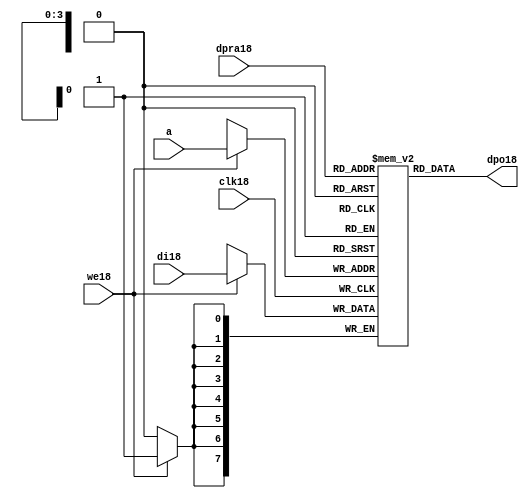
//////////////////////////////////////////////////////////////////////
////                                                              ////
////  raminfr18.v                                                   ////
////                                                              ////
////                                                              ////
////  This18 file is part of the "UART18 16550 compatible18" project18    ////
////  http18://www18.opencores18.org18/cores18/uart1655018/                   ////
////                                                              ////
////  Documentation18 related18 to this project18:                      ////
////  - http18://www18.opencores18.org18/cores18/uart1655018/                 ////
////                                                              ////
////  Projects18 compatibility18:                                     ////
////  - WISHBONE18                                                  ////
////  RS23218 Protocol18                                              ////
////  16550D uart18 (mostly18 supported)                              ////
////                                                              ////
////  Overview18 (main18 Features18):                                   ////
////  Inferrable18 Distributed18 RAM18 for FIFOs18                        ////
////                                                              ////
////  Known18 problems18 (limits18):                                    ////
////  None18                .                                       ////
////                                                              ////
////  To18 Do18:                                                      ////
////  Nothing so far18.                                             ////
////                                                              ////
////  Author18(s):                                                  ////
////      - gorban18@opencores18.org18                                  ////
////      - Jacob18 Gorban18                                          ////
////                                                              ////
////  Created18:        2002/07/22                                  ////
////  Last18 Updated18:   2002/07/22                                  ////
////                  (See log18 for the revision18 history18)          ////
////                                                              ////
////                                                              ////
//////////////////////////////////////////////////////////////////////
////                                                              ////
//// Copyright18 (C) 2000, 2001 Authors18                             ////
////                                                              ////
//// This18 source18 file may be used and distributed18 without         ////
//// restriction18 provided that this copyright18 statement18 is not    ////
//// removed from the file and that any derivative18 work18 contains18  ////
//// the original copyright18 notice18 and the associated disclaimer18. ////
////                                                              ////
//// This18 source18 file is free software18; you can redistribute18 it   ////
//// and/or modify it under the terms18 of the GNU18 Lesser18 General18   ////
//// Public18 License18 as published18 by the Free18 Software18 Foundation18; ////
//// either18 version18 2.1 of the License18, or (at your18 option) any   ////
//// later18 version18.                                               ////
////                                                              ////
//// This18 source18 is distributed18 in the hope18 that it will be       ////
//// useful18, but WITHOUT18 ANY18 WARRANTY18; without even18 the implied18   ////
//// warranty18 of MERCHANTABILITY18 or FITNESS18 FOR18 A PARTICULAR18      ////
//// PURPOSE18.  See the GNU18 Lesser18 General18 Public18 License18 for more ////
//// details18.                                                     ////
////                                                              ////
//// You should have received18 a copy of the GNU18 Lesser18 General18    ////
//// Public18 License18 along18 with this source18; if not, download18 it   ////
//// from http18://www18.opencores18.org18/lgpl18.shtml18                     ////
////                                                              ////
//////////////////////////////////////////////////////////////////////
//
// CVS18 Revision18 History18
//
// $Log: not supported by cvs2svn18 $
// Revision18 1.1  2002/07/22 23:02:23  gorban18
// Bug18 Fixes18:
//  * Possible18 loss of sync and bad18 reception18 of stop bit on slow18 baud18 rates18 fixed18.
//   Problem18 reported18 by Kenny18.Tung18.
//  * Bad (or lack18 of ) loopback18 handling18 fixed18. Reported18 by Cherry18 Withers18.
//
// Improvements18:
//  * Made18 FIFO's as general18 inferrable18 memory where possible18.
//  So18 on FPGA18 they should be inferred18 as RAM18 (Distributed18 RAM18 on Xilinx18).
//  This18 saves18 about18 1/3 of the Slice18 count and reduces18 P&R and synthesis18 times.
//
//  * Added18 optional18 baudrate18 output (baud_o18).
//  This18 is identical18 to BAUDOUT18* signal18 on 16550 chip18.
//  It outputs18 16xbit_clock_rate - the divided18 clock18.
//  It's disabled by default. Define18 UART_HAS_BAUDRATE_OUTPUT18 to use.
//

//Following18 is the Verilog18 code18 for a dual18-port RAM18 with asynchronous18 read. 
module raminfr18   
        (clk18, we18, a, dpra18, di18, dpo18); 

parameter addr_width18 = 4;
parameter data_width18 = 8;
parameter depth = 16;

input clk18;   
input we18;   
input  [addr_width18-1:0] a;   
input  [addr_width18-1:0] dpra18;   
input  [data_width18-1:0] di18;   
//output [data_width18-1:0] spo18;   
output [data_width18-1:0] dpo18;   
reg    [data_width18-1:0] ram18 [depth-1:0]; 

wire [data_width18-1:0] dpo18;
wire  [data_width18-1:0] di18;   
wire  [addr_width18-1:0] a;   
wire  [addr_width18-1:0] dpra18;   
 
  always @(posedge clk18) begin   
    if (we18)   
      ram18[a] <= di18;   
  end   
//  assign spo18 = ram18[a];   
  assign dpo18 = ram18[dpra18];   
endmodule